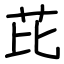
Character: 芘